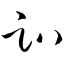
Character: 趴